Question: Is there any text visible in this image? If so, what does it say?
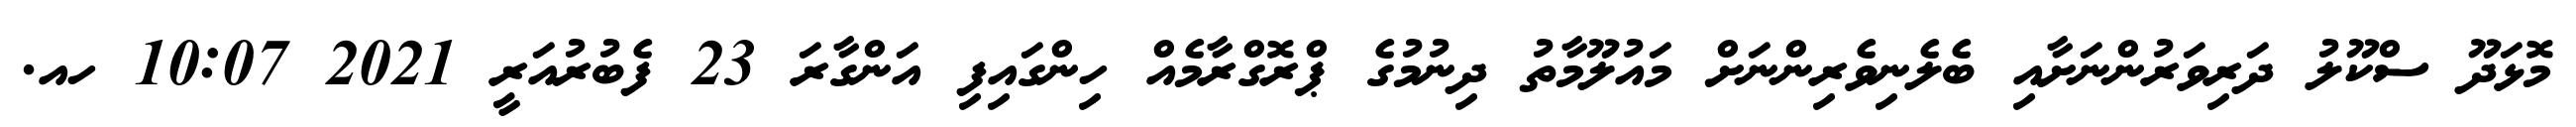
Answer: މޮޅަދޫ ސްކޫލު ދަރިވަރުންނަށާއި ބެލެނިވެރިންނަށް މައުލޫމާތު ދިނުމުގެ ޕްރޮގްރާމެއް ހިންގައިފި އަންގާރަ 23 ފެބުރުއަރީ 2021 10:07 ހއ.